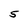
Character: 5